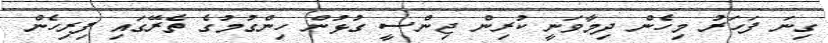
ގިނަ ފަހަރު މިހެން ދިމާވަނީ ކުރިން ޖިންސީ ގުޅުން ހިންގުމުގެ ތެރޭގައި ފިރިހެން